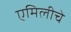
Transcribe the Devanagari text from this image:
एमिलीचे